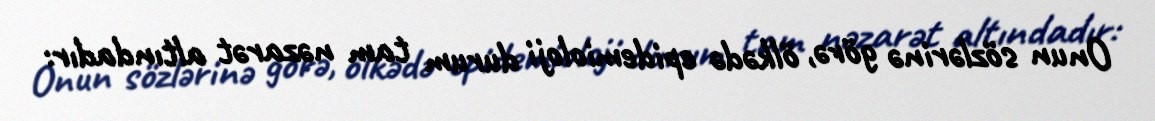
Onun sözlərinə görə, ölkədə epidemioloji durum tam nəzarət altındadır: